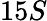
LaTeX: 15S